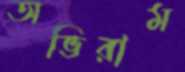
অভিরাম